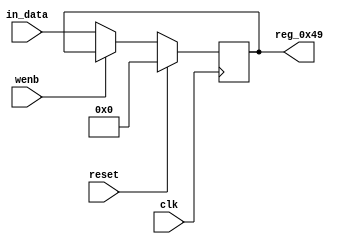
module r_RX_BUF_OBJ6_BYTE_1(output reg [7:0] reg_0x49, input wire reset, input wire wenb, input wire [7:0] in_data, input wire clk);
	always@(posedge clk)
	begin
		if(reset==0) begin
			if(wenb==0)
				reg_0x49<=in_data;
			else
				reg_0x49<=reg_0x49;
		end
		else
			reg_0x49<=8'h00;
	end
endmodule